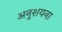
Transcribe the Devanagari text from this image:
अनुशयना